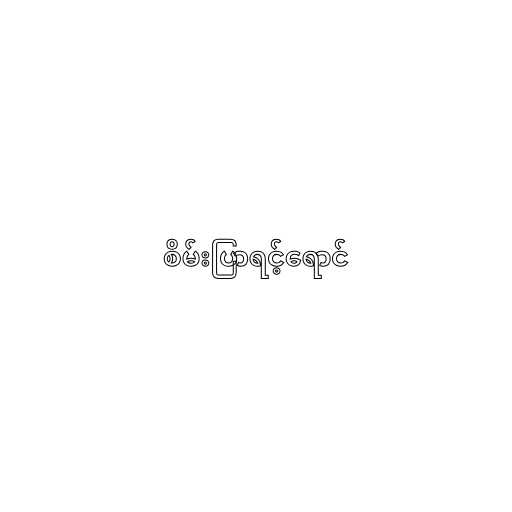
စိမ်းပြာရင့်ရောင်